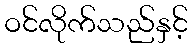
ဝင်လိုက်သည်နှင့်